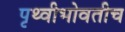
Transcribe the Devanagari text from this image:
पृथ्वीभोवतीच